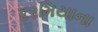
દરમિયાના